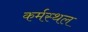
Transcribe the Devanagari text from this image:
कर्मस्थल